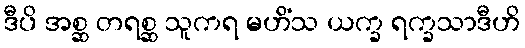
ဒီပိ အစ္ဆ တရစ္ဆ သူကရ မဟိံသ ယက္ခ ရက္ခသာဒီဟိ